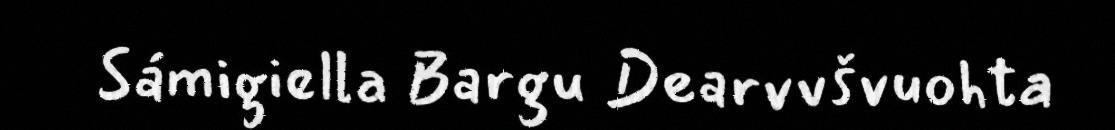
Sámigiella Bargu Dearvvšvuohta